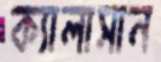
ক্যালাসান